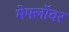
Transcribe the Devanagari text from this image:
मेफ्लॉवर